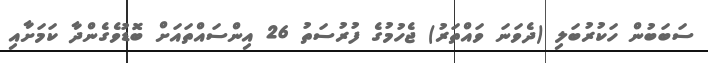
ސަބަބުން ހަކުރުބަލި (ދެވަނަ ވައްތަރު) ޖެހުމުގެ ފުރުސަތު 26 އިންސައްތައަށް ބޮޑުވެގެންދާ ކަމަށާއި